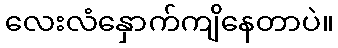
လေးလံနှောက်ကျိနေတာပဲ။